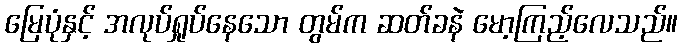
မြေပုံနှင့် အလုပ်ရှုပ်နေသော တွမ်က ဆတ်ခနဲ မော့ကြည့်လေသည်။